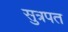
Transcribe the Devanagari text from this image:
सुत्रपत